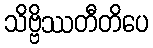
သိဗ္ဗိဿတီတိပေ